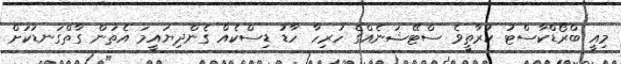
މިއީ ބްރޯޑްކާސްޓު ކުރާތީވެ ސްޓޭޝަނެއްގެ ހުރިހާ ހާޑު ޑިސްކެއް ގެންދިޔައީމަ އެތަން ގާތްގަނޑަކަށް